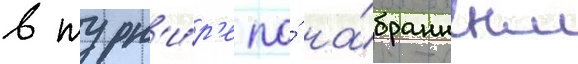
в турн'и́р'е по́ на́бранным